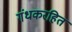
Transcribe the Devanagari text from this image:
गंधकरहित